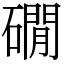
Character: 礀